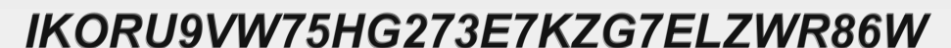
IKORU9VW75HG273E7KZG7ELZWR86W